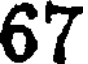
67